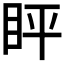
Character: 𬑈